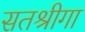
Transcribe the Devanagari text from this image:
सतश्रीगा